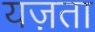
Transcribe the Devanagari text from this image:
यज़ता